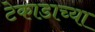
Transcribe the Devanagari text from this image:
टेकाडाच्या